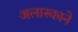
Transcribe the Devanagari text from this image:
अलास्काने